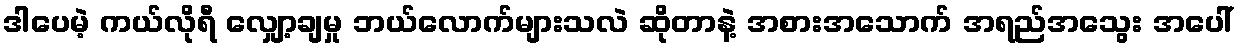
ဒါပေမဲ့ ကယ်လိုရီ လျှော့ချမှု ဘယ်လောက်များသလဲ ဆိုတာနဲ့ အစားအသောက် အရည်အသွေး အပေါ်